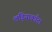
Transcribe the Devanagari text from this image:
लड़ियाकाँटा